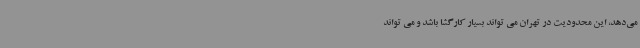
می‌دهد، این محدودیت در تهران می تواند بسیار کارگشا باشد و می تواند